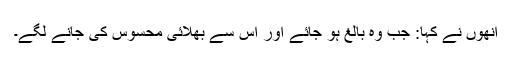
انھوں نے کہا: جب وہ بالغ ہو جائے اور اس سے بھلائی محسوس کی جانے لگے۔